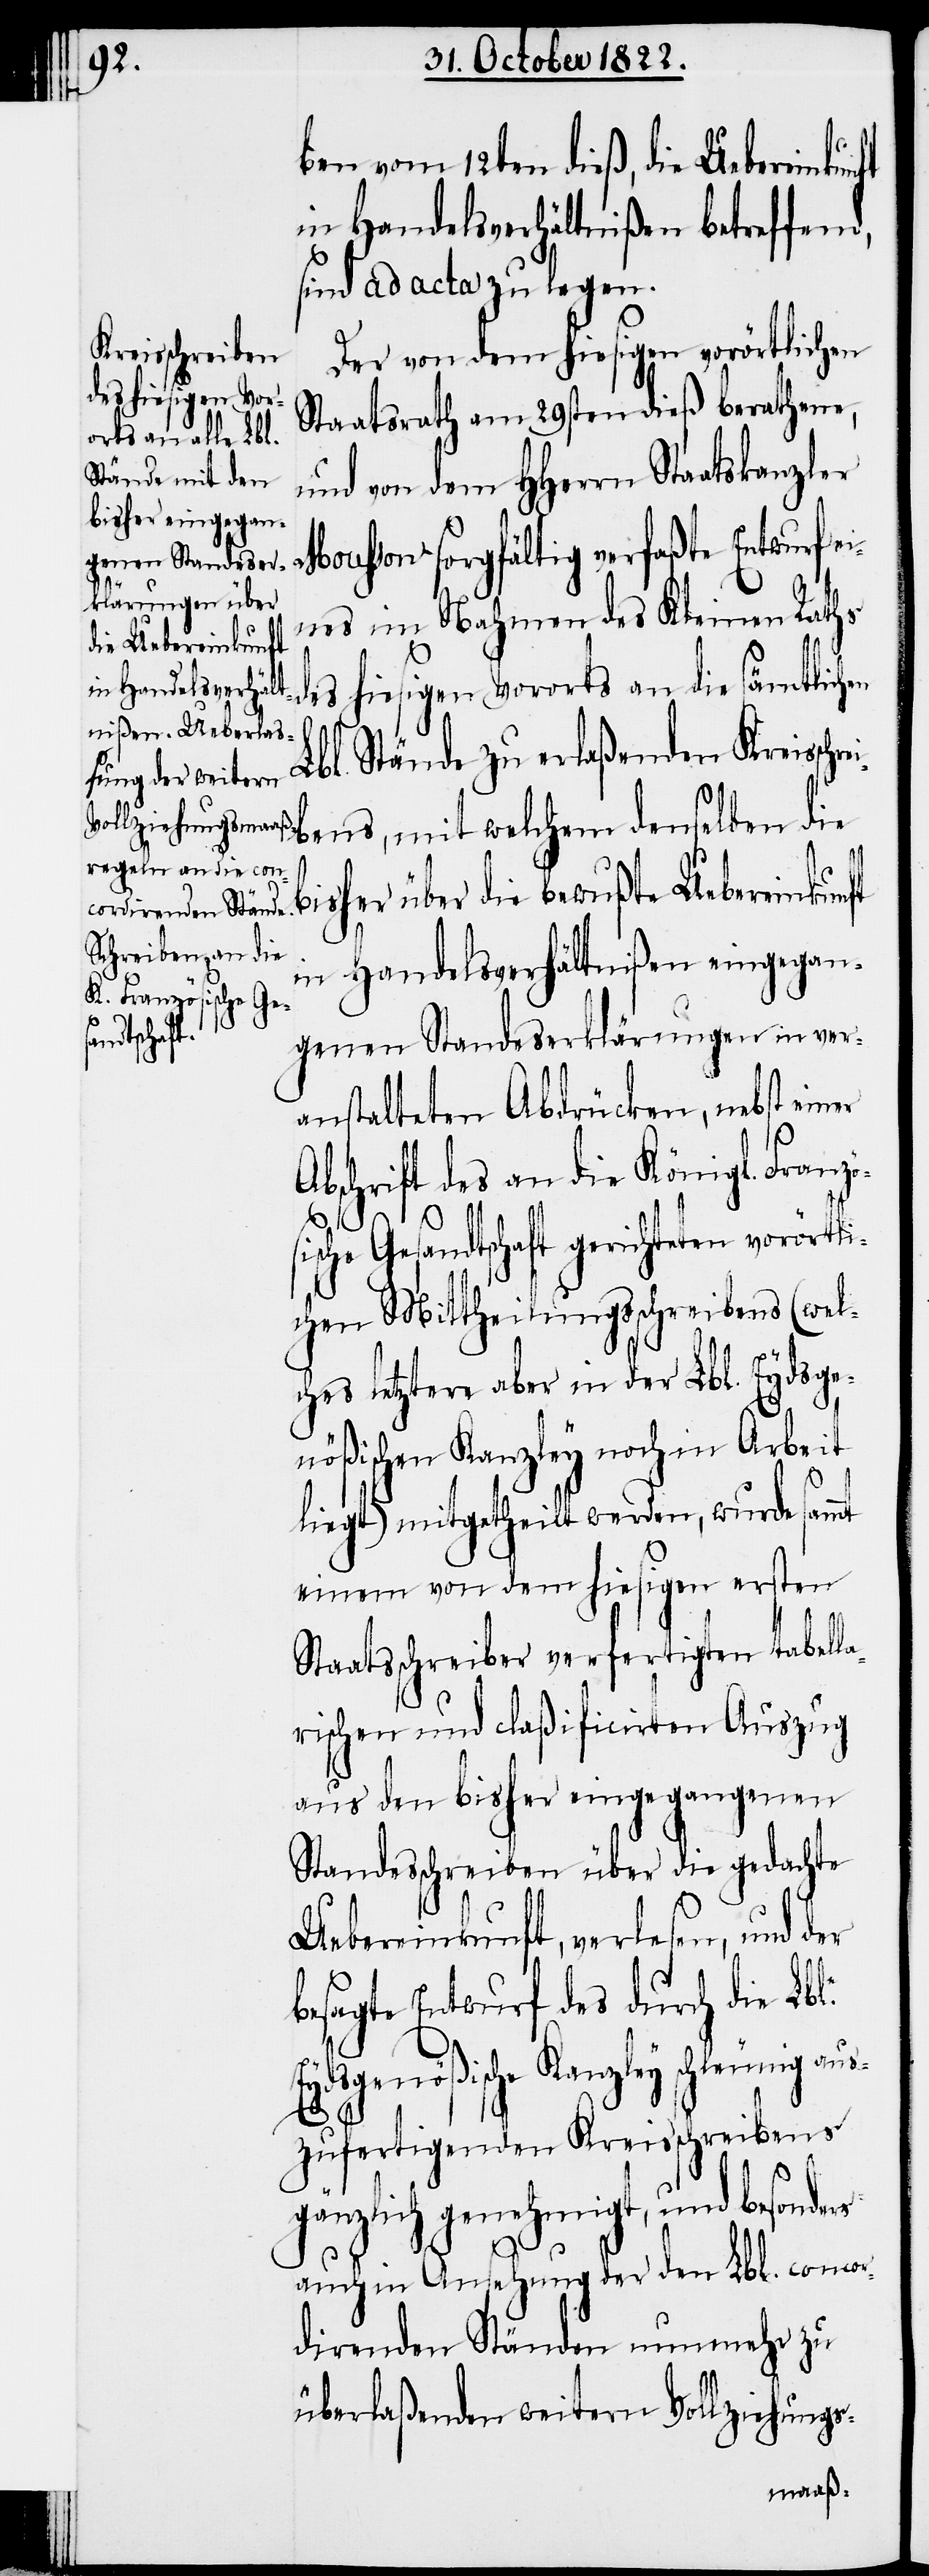
ben vom 12ten dieß, die Uebereinkunft
in Handelsverhältnißen betreffend,
sind ad acta zu legen.
Der von dem hiesigen vorörtlichen
Staatsrath am 29sten dieß berathene,
und von dem HHerrn Staatskanzler
Mousson sorgfältig verfaßte Entwurf e¬
ines im Nahmen des Kleinen Raths
des hiesigen Vororts an die sämtlichen
Lbl. Stände zu erlaßenden Kreisschre¬
bens, mit welchem denselben di¬
e bisher über die bewußte Uebereinkunft
in Handelsverhältnißen eingegan¬
genen Standeserklärungen in ver¬
anstalteten Abdrücken, nebst einer
Abschrift des an die Königl. Franz¬
ische Gesandtschaft gerichteten vorörtli¬
chen Mittheilungsschreibens (wel¬
ches letztere aber in der Lbl. Eydsge¬
nößischen Kanzley noch in Arbeit
liegt) mitgetheilt werden, wurde sammt
einem von dem hiesigen ersten
Staatsschreiber verfertigten tabell¬
arischen und claßificirten Auszug
aus den bisher eingegangenen
Standesschreiben über die gedachte
Uebereinkunft, verlesen, und der
besagte Entwurf des durch die Lbl¬
Eydsgenößische Kanzley schleunig aus¬
rs
zufertigenden Kreisschreibens
gänzlich genehmigt, und besonde¬
auch in Ansehung der den Lbl. concor¬
direnden Ständen nunmehr zu
überlaßenden weitern Vollziehungs-